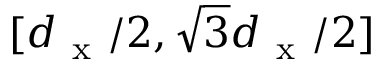
[ d _ { \mathrm { ~ x ~ } } / 2 , \sqrt { 3 } d _ { \mathrm { ~ x ~ } } / 2 ]